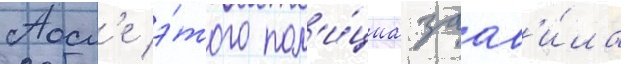
Посл'е э́того пол'и́циа заав'и́ла